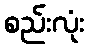
စည်းလုံး